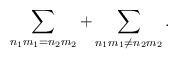
LaTeX: \begin{align*}\sum_{n_1m_1=n_2m_2}+\sum_{n_1m_1 \neq n_2m_2}.\end{align*}